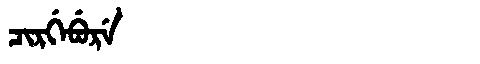
Manchu: ᠴᡳᡵᡤᡝᠪᡠᡵᡝ
Romanization: CIRGEBURE